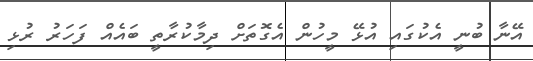
އޭނާ ބުނީ އެކުގައި އުޅޭ މީހުން އެގޮތަށް ދިމާކުރާތީ ބައެއް ފަހަރު ރުޅި